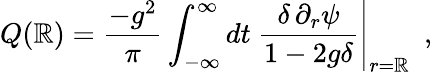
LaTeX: Q(\mathbb{R})=\frac{{-g^{2}}}{{\pi}}\int_{-\infty}^{\infty}dt~\frac{{\delta\, \partial_{r}\psi}}{{1-2g\delta}}\Biggr|_{r=\mathbb{R}}~~,